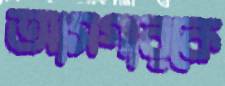
আসগারকে